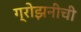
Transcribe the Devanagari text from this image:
ग्रोझनीची